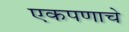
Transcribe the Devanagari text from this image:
एकपणाचे